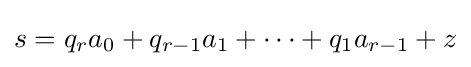
s=q_{r}a_{0}+q_{r-1}a_{1}+\dots +q_{1}a_{r-1}+z